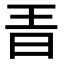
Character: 𣅨